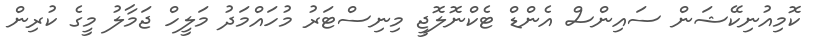
ކޮމިއުނިކޭޝަން ސައިންސް އެންޑް ޓެކްނޮލޮޖީ މިނިސްޓަރު މުހައްމަދު މަލީހް ޖަމާލު މީގެ ކުރިން